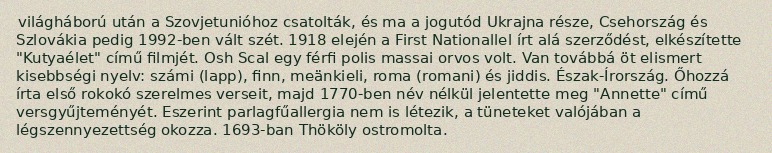
világháború után a Szovjetunióhoz csatolták, és ma a jogutód Ukrajna része, Csehország és Szlovákia pedig 1992-ben vált szét. 1918 elején a First Nationallel írt alá szerződést, elkészítette "Kutyaélet" című filmjét. Osh Scal egy férfi polis massai orvos volt. Van továbbá öt elismert kisebbségi nyelv: számi (lapp), finn, meänkieli, roma (romani) és jiddis. Észak-Írország. Őhozzá írta első rokokó szerelmes verseit, majd 1770-ben név nélkül jelentette meg "Annette" című versgyűjteményét. Eszerint parlagfűallergia nem is létezik, a tüneteket valójában a légszennyezettség okozza. 1693-ban Thököly ostromolta.